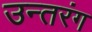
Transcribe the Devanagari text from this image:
उन्तरंग